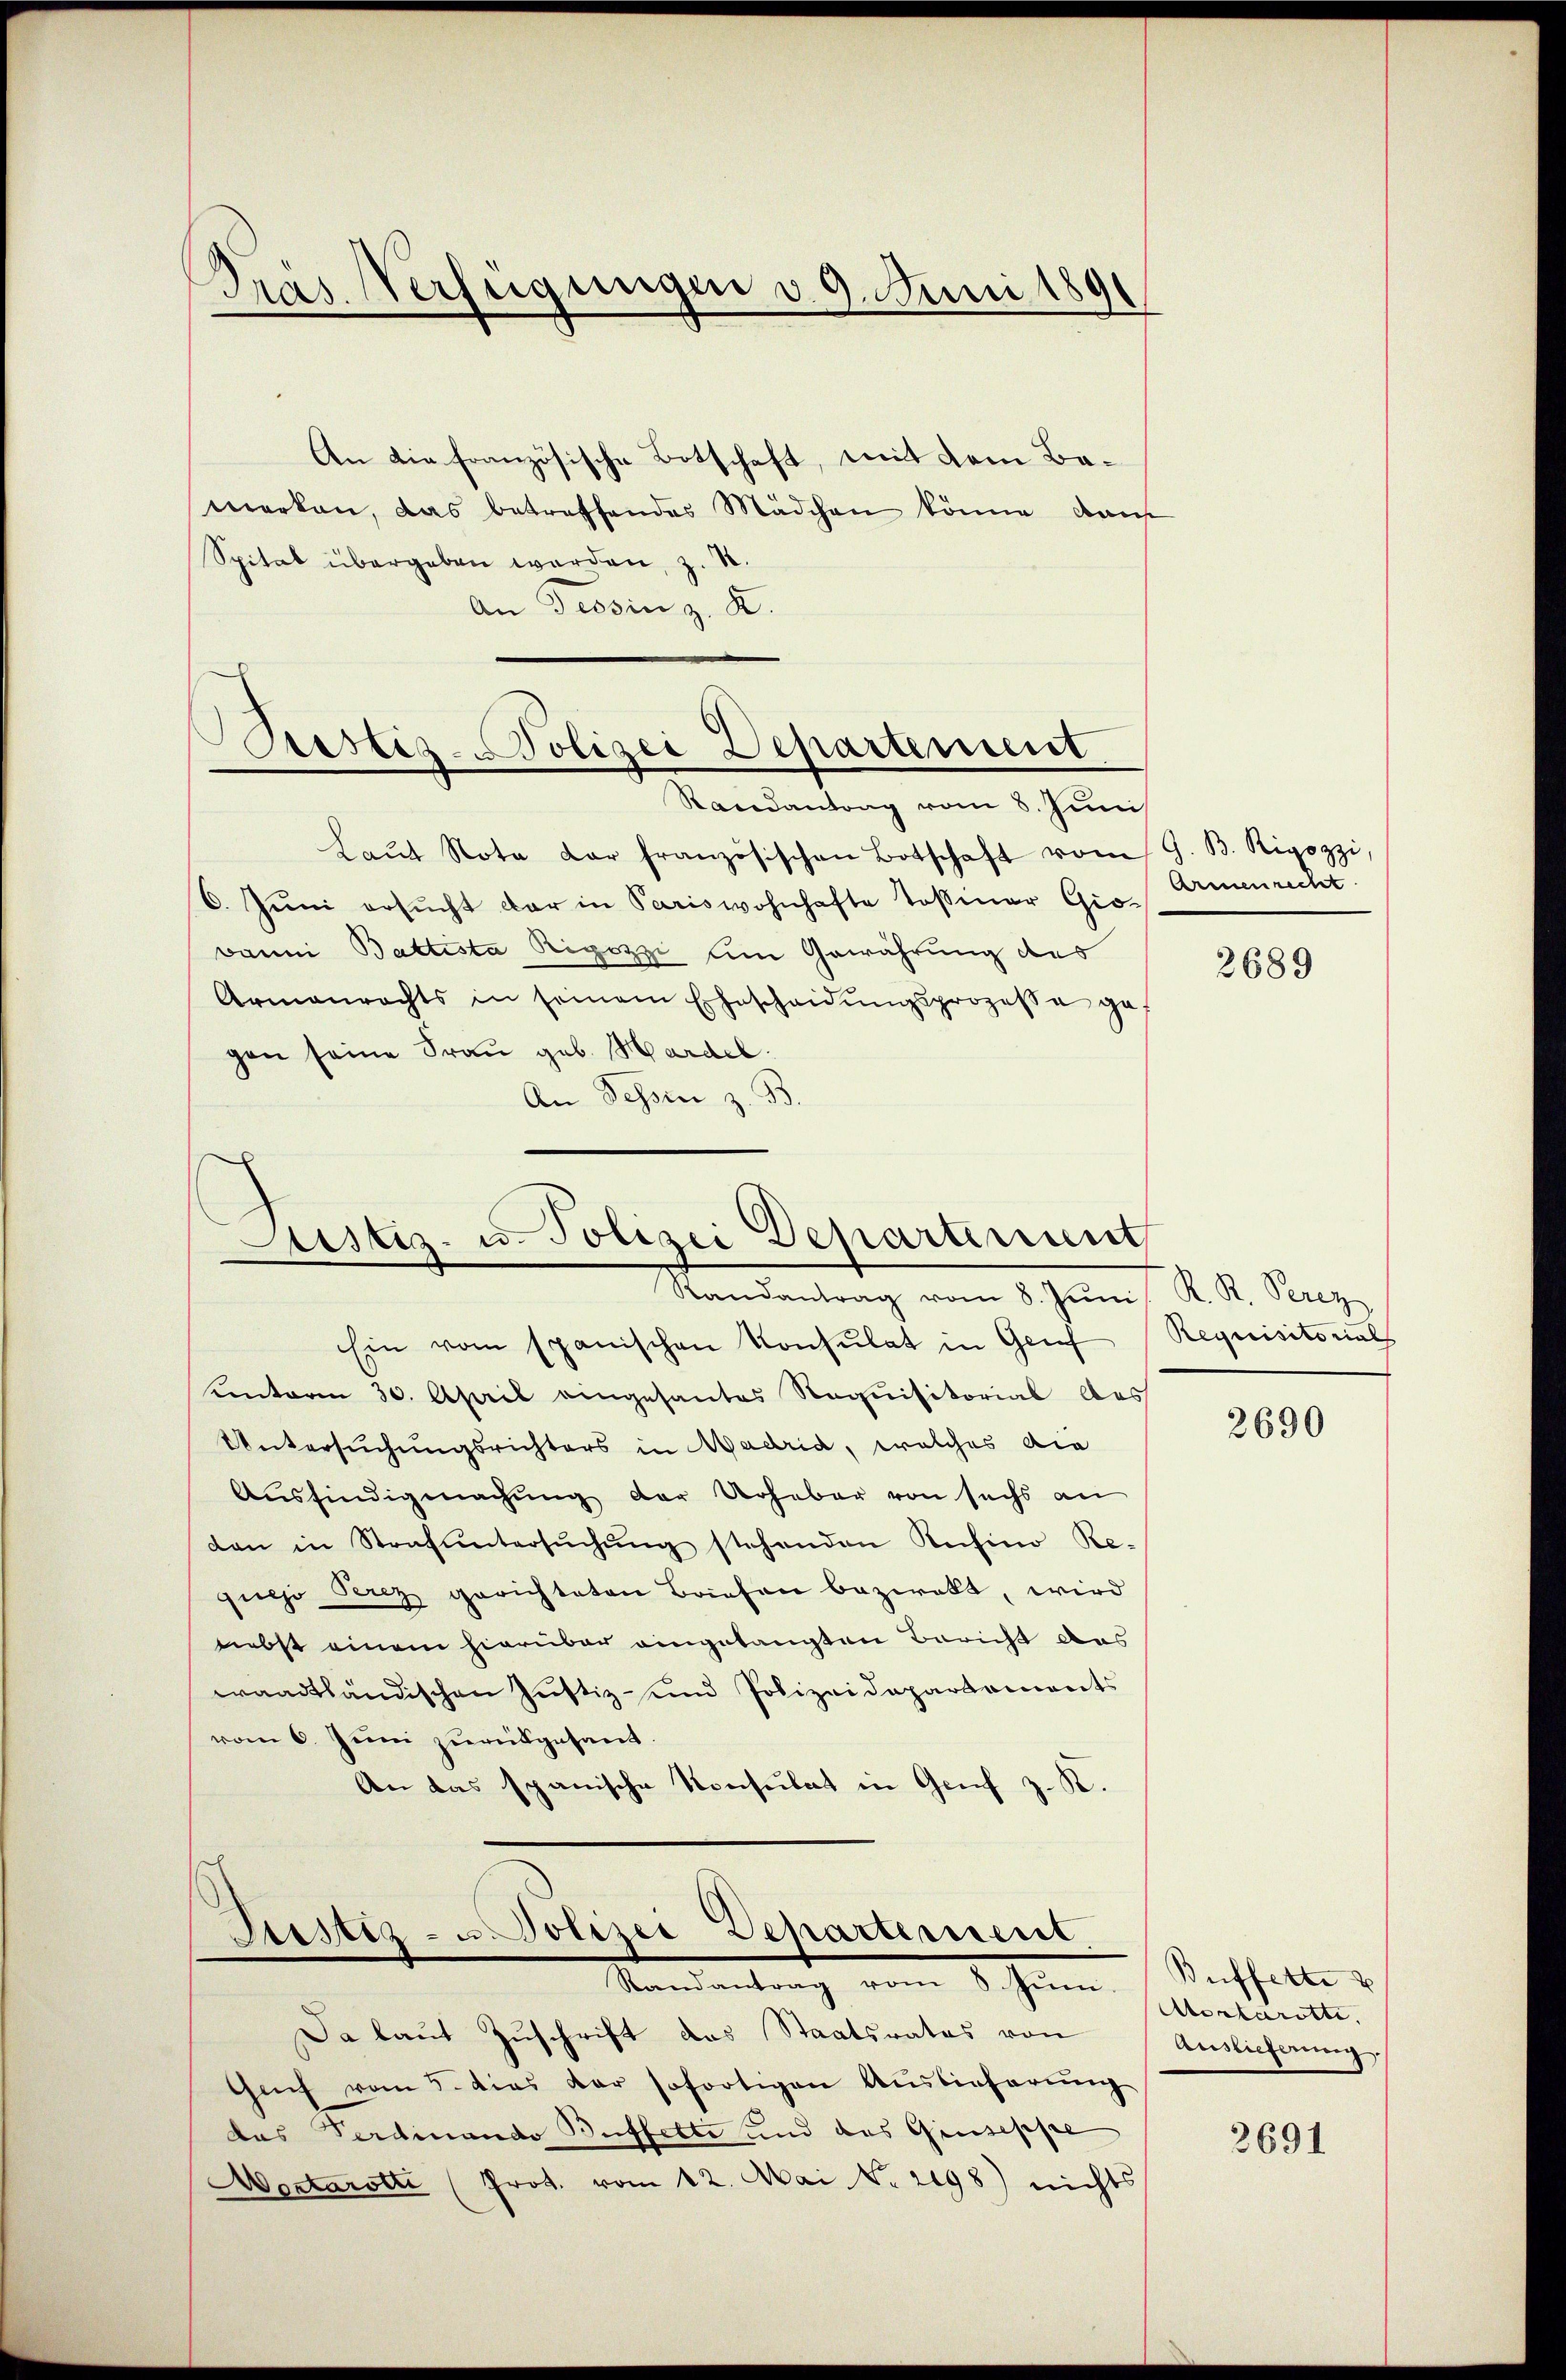
Pras Verfügungen v. 9. Juni 1891

An die französische Botschaft, mit dem Bamerken, das betreffendes Mädchen könne, dan
Spital übergeben werden, z. R.
An Tessin z. K.

oistis-Polizei Departement

Randantrag vom 8. Juni
Laŭt Nota dar französischen Botschaft vom G. B. Rigozzi
6. Juni ersucht dar in Pariswohnhafte Tosiner Gio- Armenrecht.
Banni Baltista Rigozzi um Gewährung des
Armenrechts in seinem Ehescheidŭngsprozesse ge
gen seine Frau geb. Hardel¬
An Tessin z. B

Justiz- u. Polizei Departenunt
Randantrag vom 8. Juni, K. R. Perez

Sistiz- u. Polizei Departement.
Standentrag vom 1. Jenn

Ein vom spanischen Konsulat in Grif
Kinterm 30. April eingesantes Requisitorial des
Untersuchungsrichters in Madrid, welches die
Ausfindigmachung der Urhaber von sechs an
dan in Strafuntersŭchŭng stehenden Ansino Re-
quejo Berez gerichteten Briefen bezwakt, wird
niebst einem hierüber eingelangten Bericht das
waadtländischen Justiz- und Polizeidepartaments
vom 6. Juni zurückgesandt
An das spanische Konsulat in Genf z. R.

Da laut Zuschrift das Staatsrates von
Gaf vom 5. dies der sofortigen Auslieferung
das Verdinando Buffette und das Giuseppe
Mortarotti (Prot. vom 12. Mai No 2198) nichts

2689

Requisitorial

2690

Buffette
Aortarette,
Auslieferung.

3691